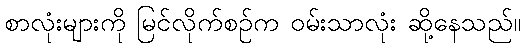
စာလုံးများကို မြင်လိုက်စဉ်က ဝမ်းသာလုံး ဆို့နေသည်။